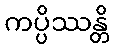
ကပ္ပိဿန္တိ